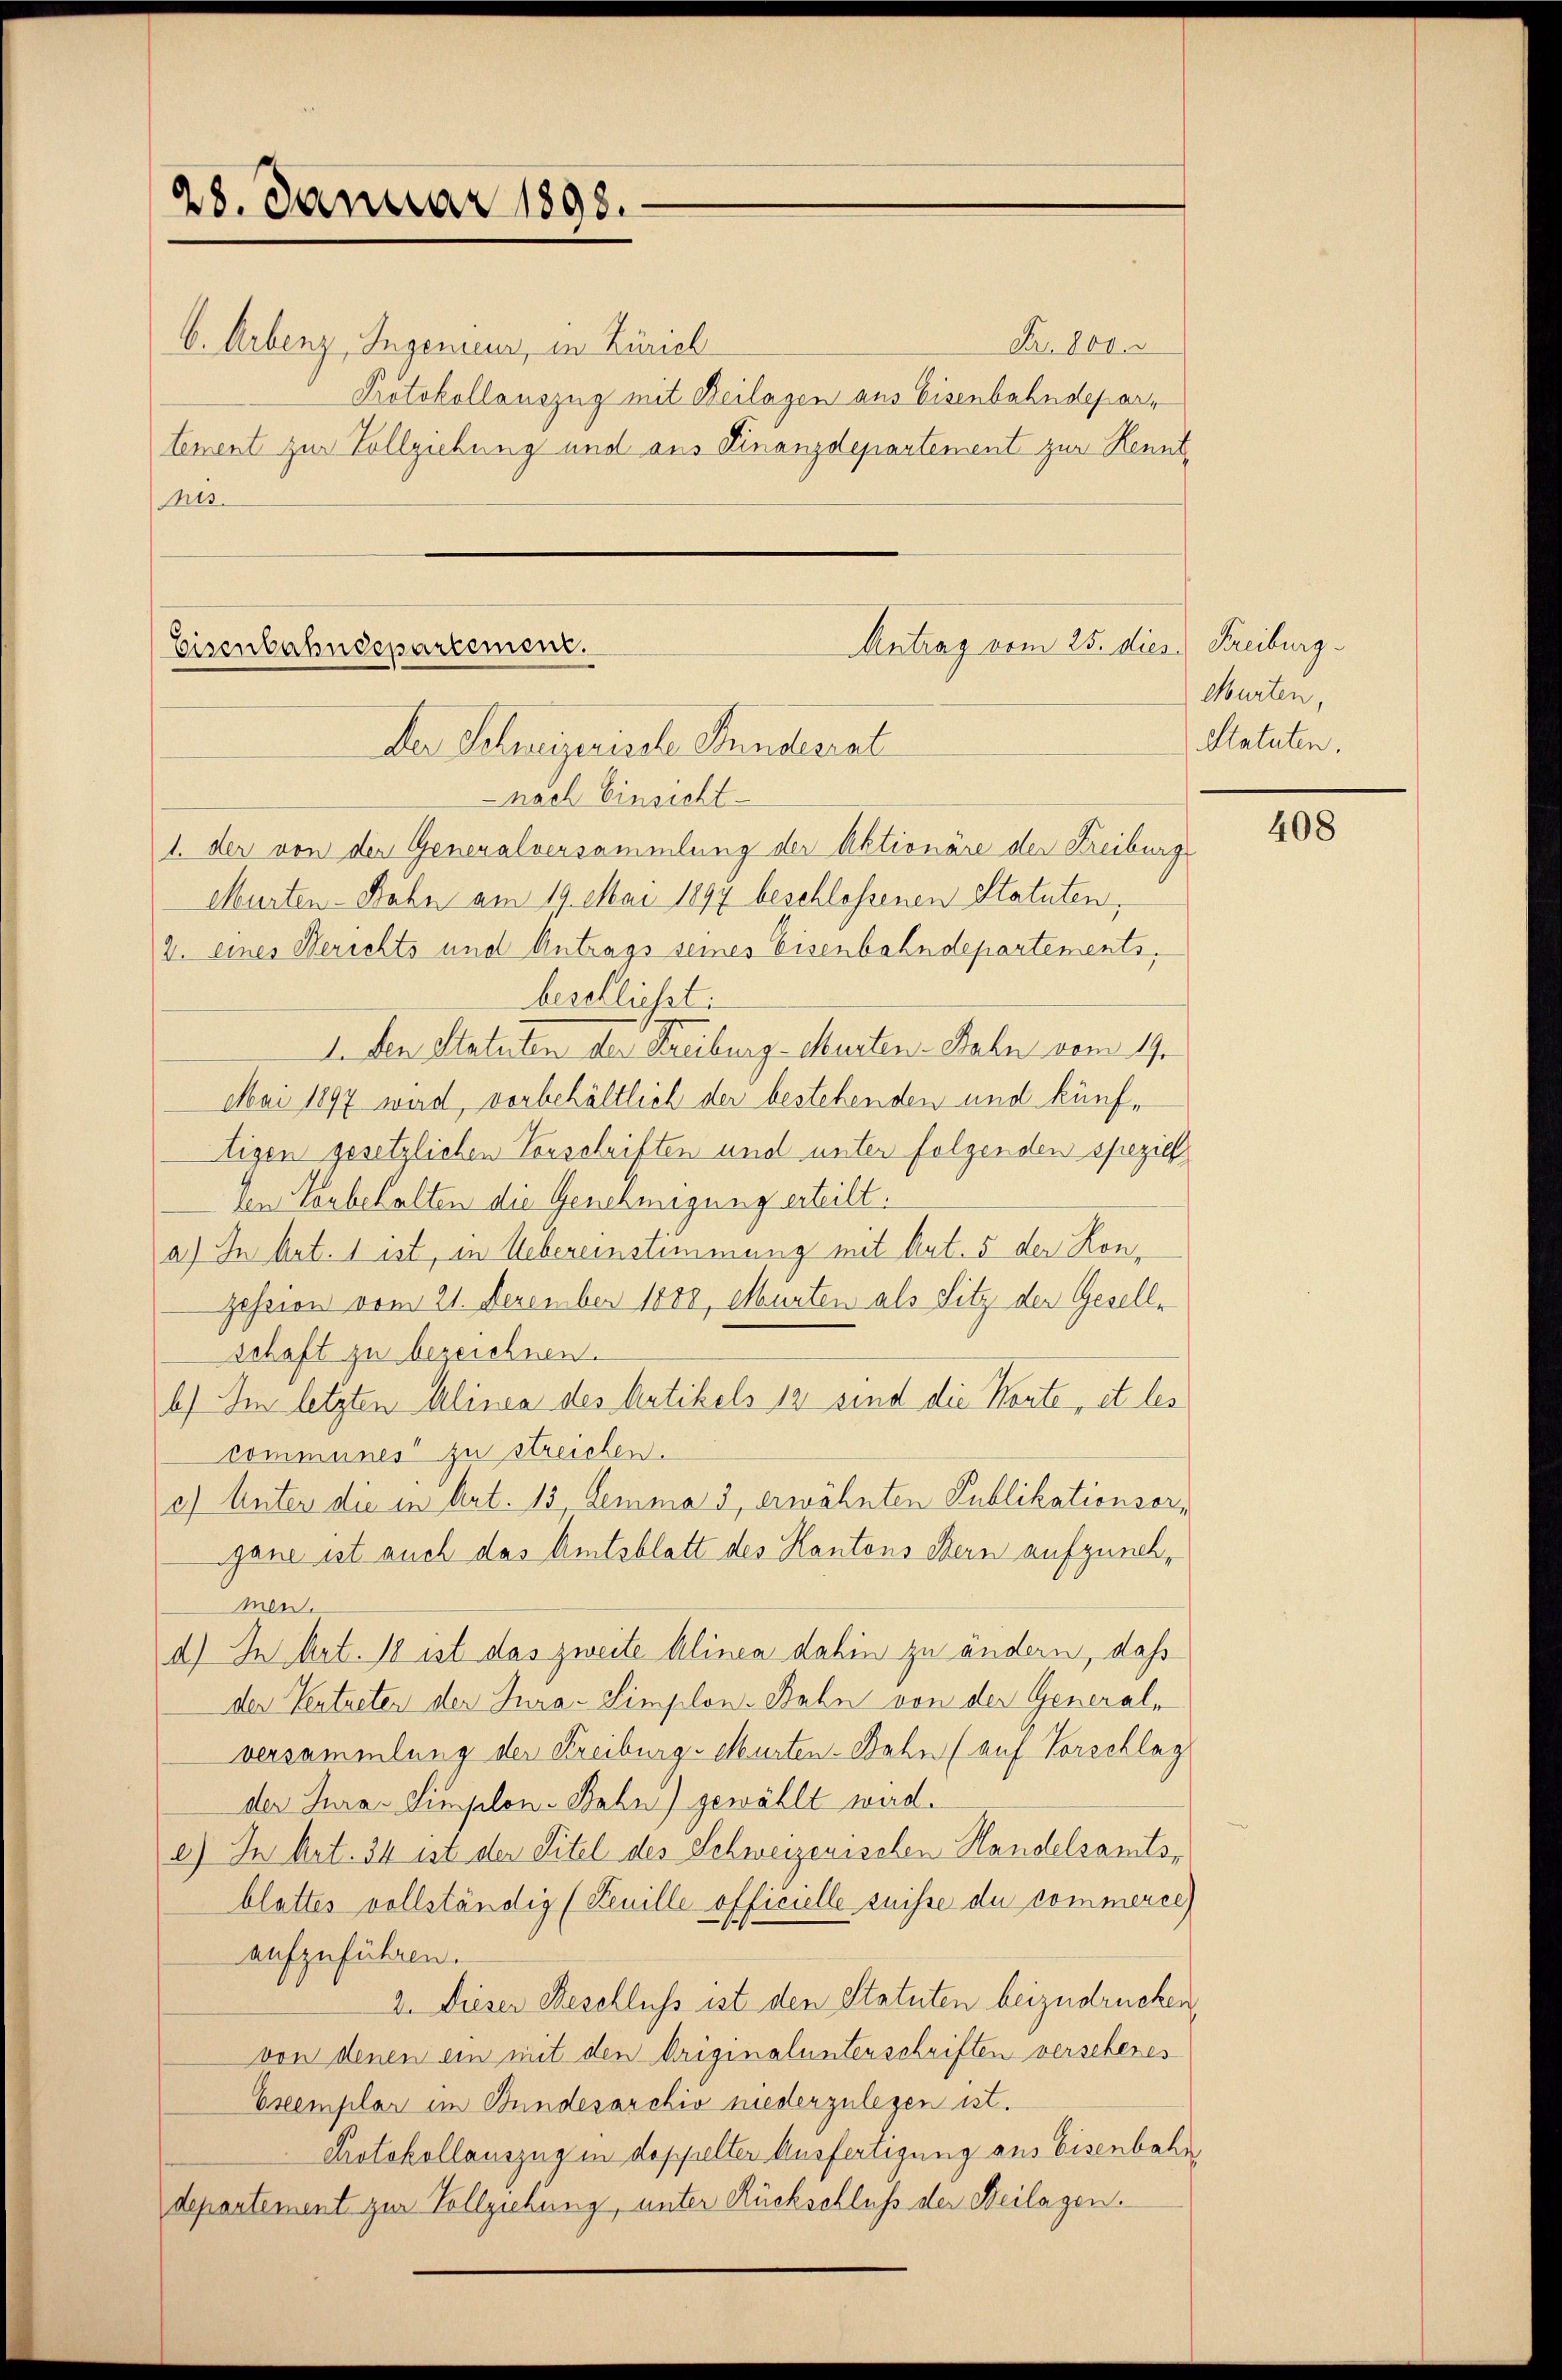
28. Januar 1898.
b. Arbenz, Ingenieur, in Zürich
Res.

Fr. 800.
Protokollauszug mit Beilagen aus Eisenbahndepartement zur Vollziehung und aus Finanzdepartement zur Kennt¬

Antrag vom 25. dies Freiburg.
Eisenbahndepartement.
Der Schweizerische Fundesrat
-nach Einsicht.

1. der von der Generalversammlung der Aktionäre der Freiburg
Murten-Bahn am 10. Mai 1897 beschlossenen Statuten,
2. eines Berichts und Antrags seines Eisenbahndepartements,
beschließt:
1. den Statuten der Freiburg - Murten-Bahn vom 19.
Mai 1897 wird, vorbehältlich der bestehenden und künftigen gesetzlichen Vorschriften und unter folgenden speziel
den Vorbehalten die Genehmigung erteilt.
a) In Art. 1 ist, in Uebereinstimmung mit Art. 5 der Konzession vom 21. Dezember 1880, Murten als Sitz der Gesellschaft zu bezeichnen.
b) Im letzten Alinea des Artikels 12 sind die Kaute, et les
communes zu streichen.
c) Unter die in Art. 13 lemma 3 erwähnten Publikationsorgane ist auch das Amtsblatt des Kantons Bern aufzunehmen.
d.) In Mat. 18 ist das zweite Alinen dahin zu ändern, daß
der Vertreten der Jura-Simplon-Bahn von der General-
versammlung der Freiburg, Murten-Bahn (auf Vorschlag
der Juras Simplon-Bahn) gewählt wird.
c) In Art. 34 ist der Titel des Schweizerischen Handelsamtsblattes vollständig (Reuille officielle suisse du commerce
aufzuführen.
2. Dieser Beschluss ist den Statuten beizudrücken,
von denen ein mit den Originalunterschriften verschenes
Exemplar im Bundesarchiv niederzulegen ist.
Protokollauszug in doppelter Ausfertigung aus Eisenbahn
departement zur Vollziehung, unter Rückschluß der Beilagen.

Murten,
Statuten.

408